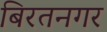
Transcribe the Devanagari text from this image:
बिरतनगर